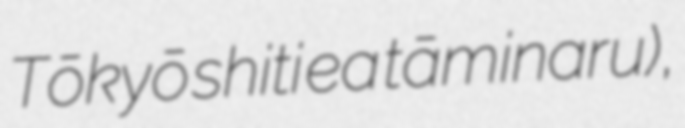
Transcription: Tōkyō shiti ea tāminaru),